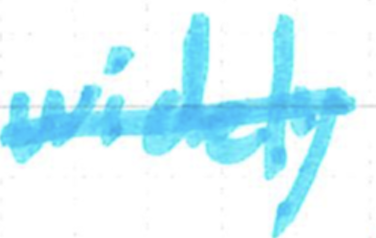
Text: widely
Cross-out: single-line
Writing tool: marker